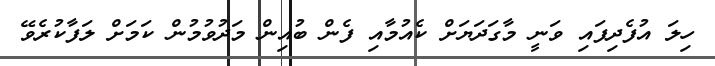
ހިލަ އުފެދިފައި ވަނީ މާގަދަޔަށް ކެއުމާއި ފެން ބުއިން މަދުވުމުން ކަމަށް ލަފާކުރެވޭ